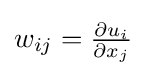
w_{ij}={\tfrac {\partial u_{i}}{\partial x_{j}}}